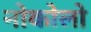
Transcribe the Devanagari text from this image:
नोकोलो